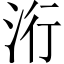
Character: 洐